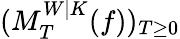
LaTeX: (M_{T}^{W|K}(f))_{T\geq 0}